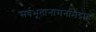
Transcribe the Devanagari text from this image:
सर्वभूतानामनभिद्रोह